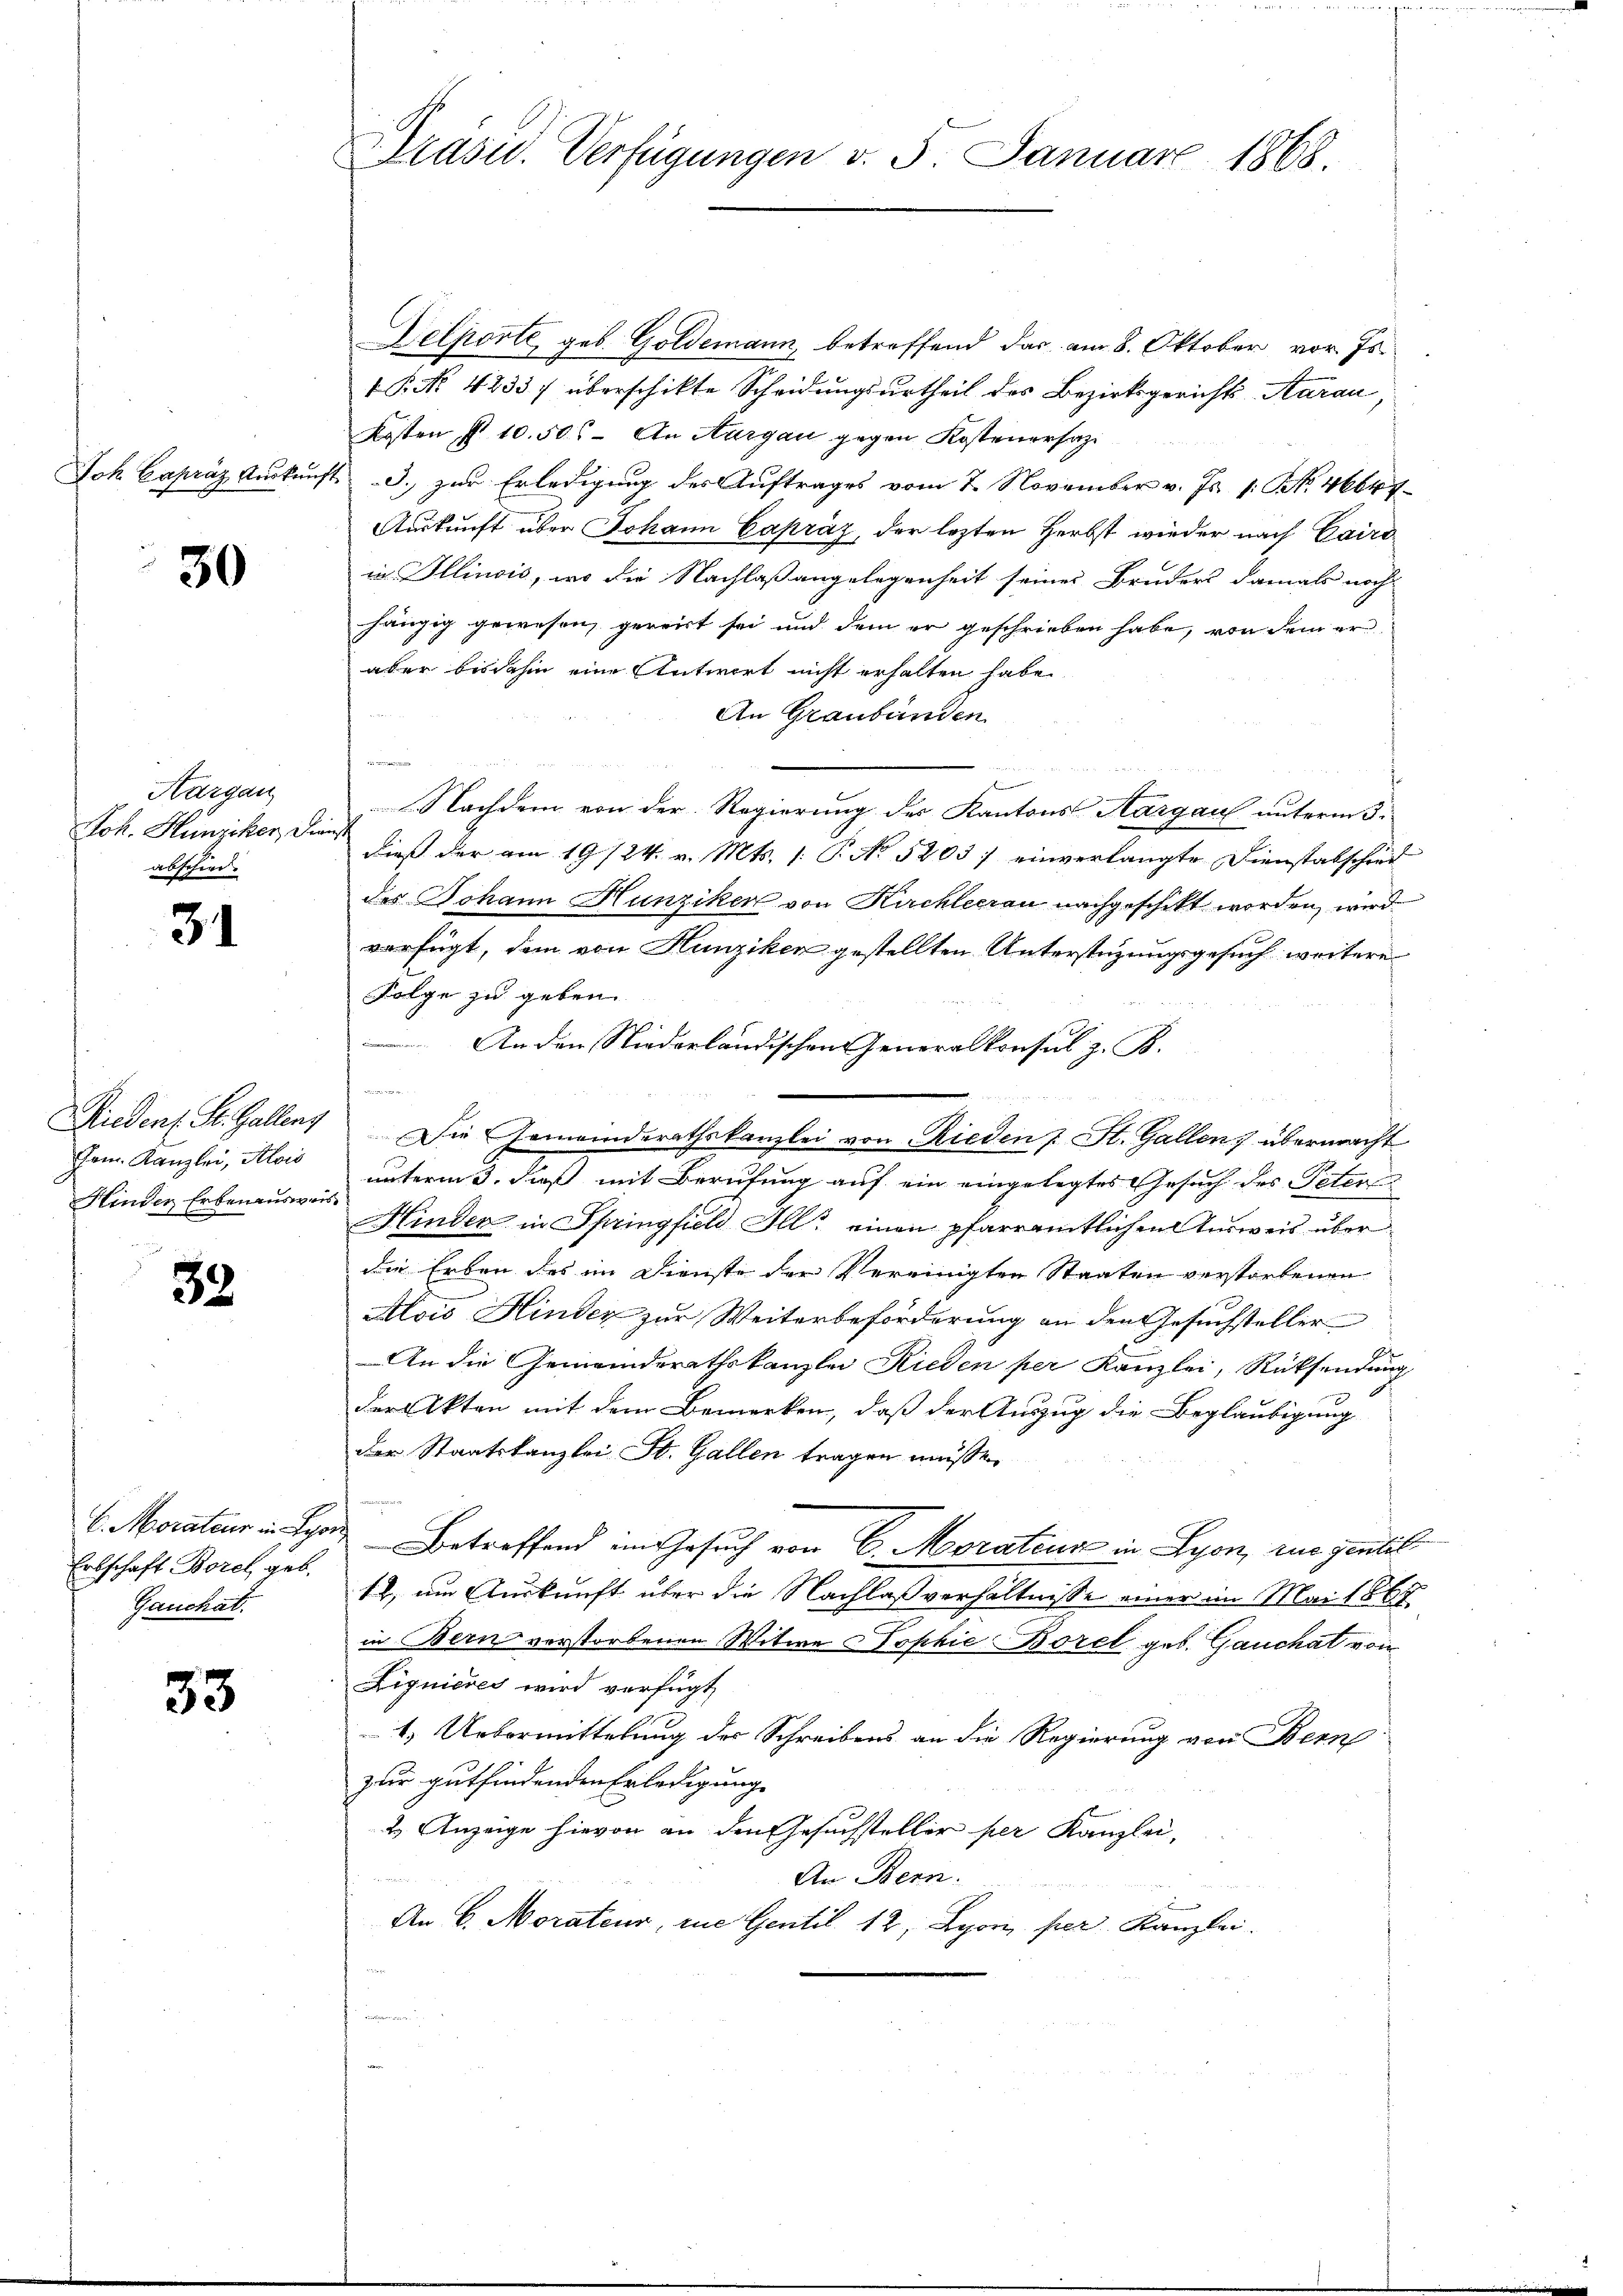
Joh Capräz Rucken,

30

Kargau
Joh. Hunziker, da
abschied.

31

Riedent. St. Gallenz
Jam. Kanzlei, Alois
Hinder Erbenausweis

32

6. Morateur in Lyo
Erbschaft Borel, geb.
Gauchat.

33

Präsid. Verfügungen v. 5. Januar 1868.

Delporte, geb. Goldemann, betreffend das am 8. Oktober vor. Js.
 No. 42337 überschikte Scheidungsurtheil des Bezirksgerichts Aarau,
Kosten § 10. 506. An Aargau gegen Kostenersat
d. zur Erledigung des Auftrages vom 7. November v. Js. 1. No. 46644
Auskunft über Johann Capráz, der lezten Herbst wieder nach Cairo
in Illinois, wo die Nachlaßangelegenheit seines Bruders damals noch
hängig gewesen, gereit sei und dem er geschrieben habe, von dem er
aber bisdahin eine Antwort nicht erhalten habe.
An Graubünden.
u
e
E
Nachdem von der Regierung des Kantons Aargau unterm 5.
Dieß der am 19/24. v. Mts. 1. P. No 52037 einverlangte Dienstatschied
des Johann Hunziker von Kuchleerau nachgeschikt worden, wird
verfügt, dem von Hunziken gestellten Unterstüzungsgesuch weitere
Folge zu geben.
An den Niederländischen Generalkonsul z. B.

Die Gemeinderathskanzlei von Rieden St. Gallen, übermacht
unterm 3. daß mit Berufung auf ein eingelegtes Gesuch des Peter
Hinder in Springfield Ill. einen pfarramtlichen Ausweis über
die Erben des im Dienste der Vereinigten Staaten verstorbenen
Alois Hinder zur Weiterbeförderung an den Gesuchsteller
An die Gemeinderathskanzlei Rieden per Kanzlei, Rücksendung
der Akten mit dem Bemerken, daß der Auszug die Beglaubigung
der Staatskanzlei St. Gallen tragen müsse.
Betreffend im Gesuch von C. Morateur in Lyon, zue gentil
tt, um Auskunft über die Nachlaßverhältnisse einer im Mai 1867
in Bern verstorbenen Witwe Sophie Borel geb. Gauchat von
Fignieres wird verfügt
1. Uebermittelung des Schreibens an die Regierung von Bern
zur gutfindenden Erledigung
2 Anzeige hievon an den Gesuchsteller per Kanzlei,
An Bern.
u
An 6. Morateur, rue Gentil. 12, Lyori per Kanzlei.
e